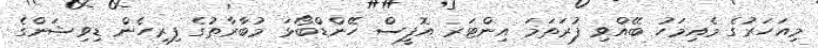
މިއަހަރުގެ މެއިމަހު ބޭއްވި ފުރަތަމަ އިންޓަރ އޮފީސް ހޭންޑްބޯޅަ މުބާރާތުގެ ފިރިހެން ޑިވިޝަންގެ